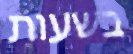
בשעות